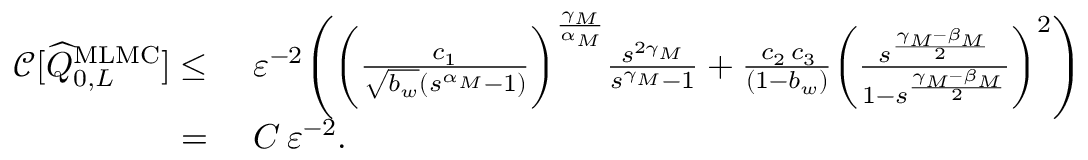
\begin{array} { r l } { { \mathcal { C } } [ \widehat { Q } _ { 0 , L } ^ { \mathrm { M L M C } } ] \leq } & { \ \varepsilon ^ { - 2 } \Bigg ( \bigg ( \frac { c _ { 1 } } { \sqrt { b _ { w } } ( s ^ { \alpha _ { M } } - 1 ) } \bigg ) ^ { \frac { \gamma _ { M } } { \alpha _ { M } } } \frac { s ^ { 2 \gamma _ { M } } } { s ^ { \gamma _ { M } } - 1 } + \frac { \, c _ { 2 } \, c _ { 3 } } { ( 1 - b _ { w } ) } \bigg ( \frac { s ^ { \frac { \gamma _ { M } - \beta _ { M } } { 2 } } } { 1 - s ^ { \frac { \gamma _ { M } - \beta _ { M } } { 2 } } } \bigg ) ^ { 2 } \Bigg ) } \\ { = } & { \ C \, \varepsilon ^ { - 2 } . } \end{array}